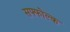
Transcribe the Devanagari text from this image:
सफ्फोल्क